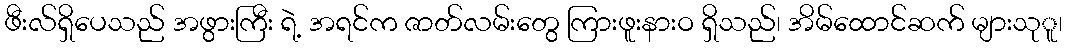
ဖီးလ်ရှိပေသည် အဖွားကြီး ရဲ့ အရင်က ဇာတ်လမ်းတွေ ကြားဖူးနားဝ ရှိသည်၊ အိမ်ထောင်ဆက် များသုူ၊